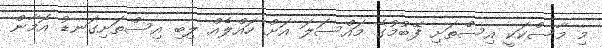
މި މާސްކަކީ އިސްތަށި ފޭބުމުގެ މައްސަލަ އަށް ހައްލެއް ލިބި އިސްތަށިގަނޑު އޮމާން